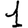
Digit: 1